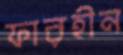
ফারহীন